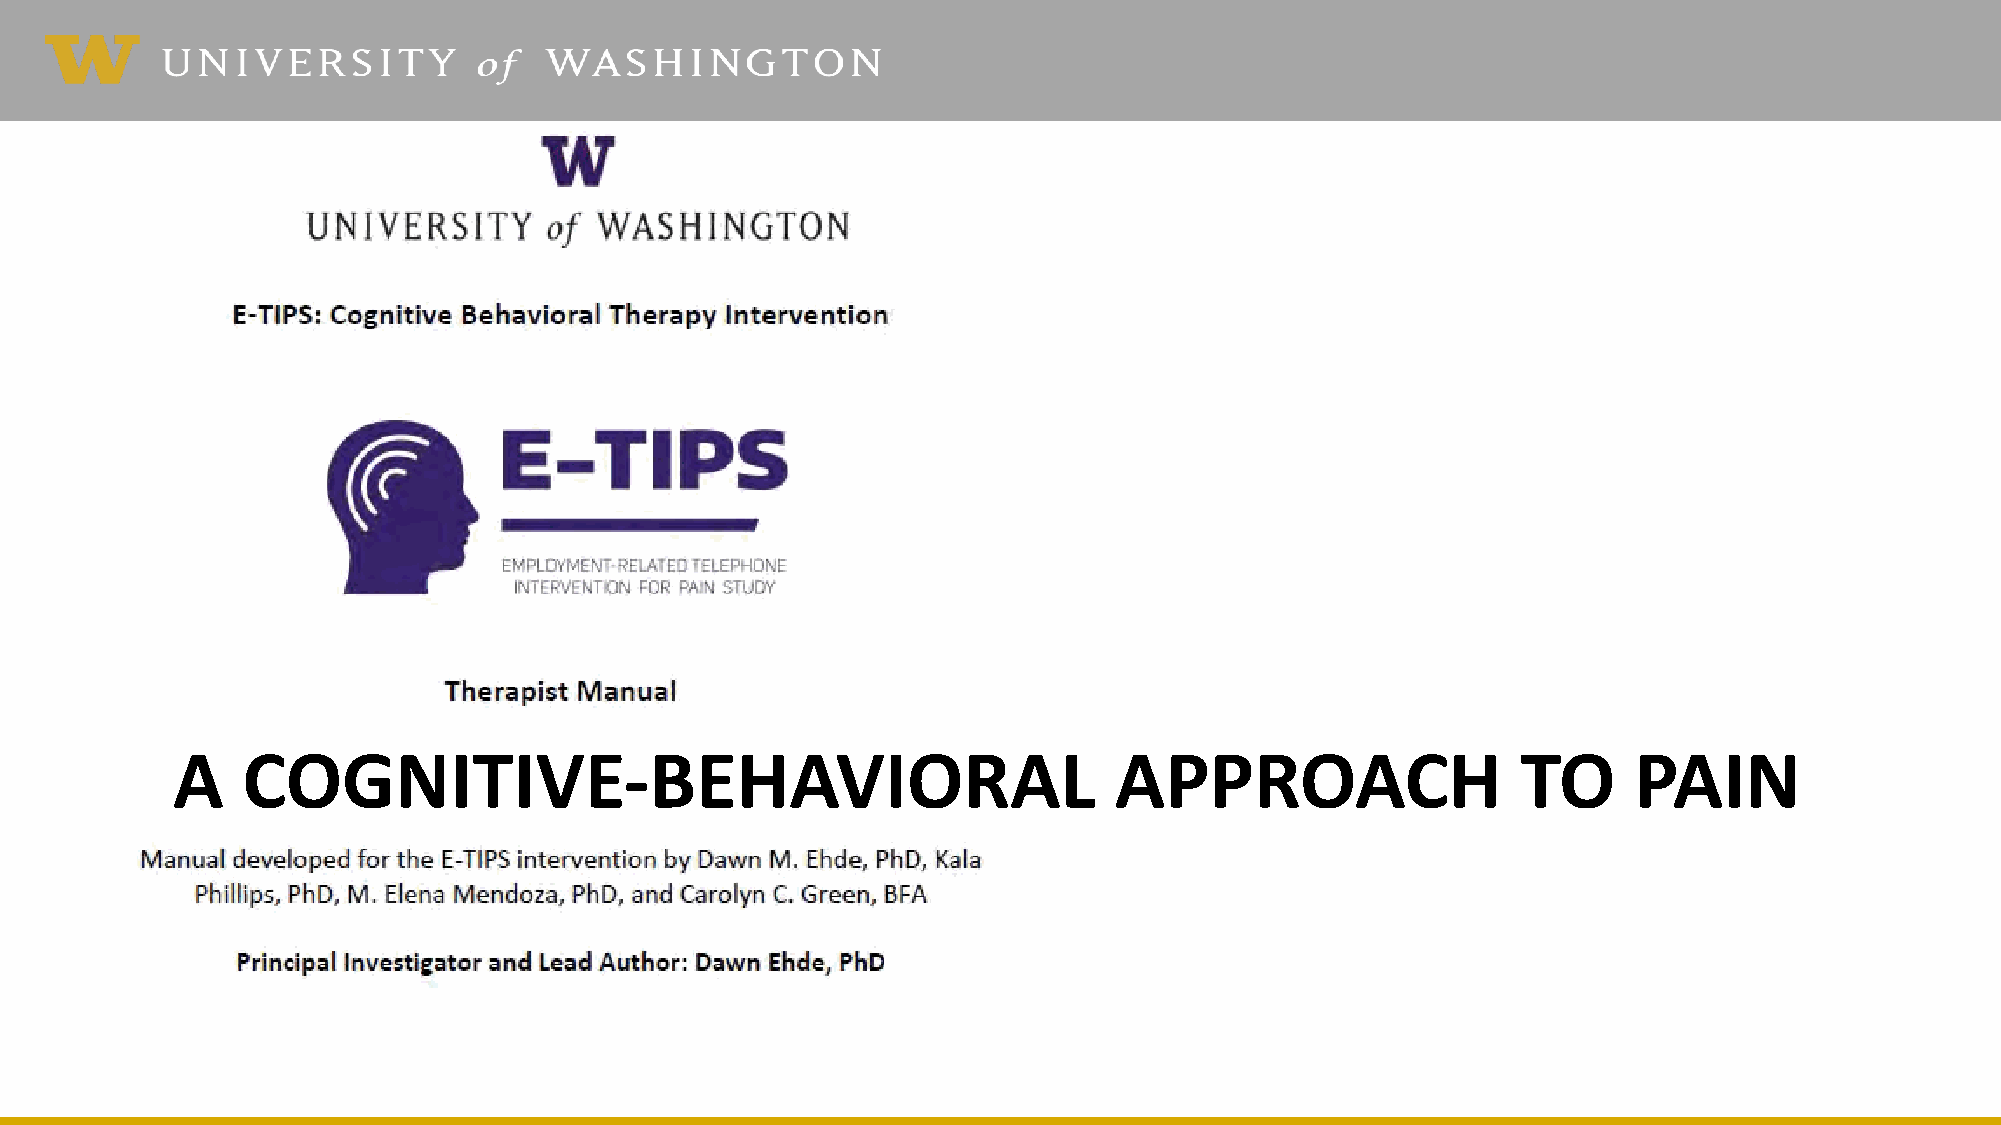
A    COGNITIVE-BEHAVIORAL                                      APPROACH                   TO     PAIN